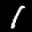
Label: 1